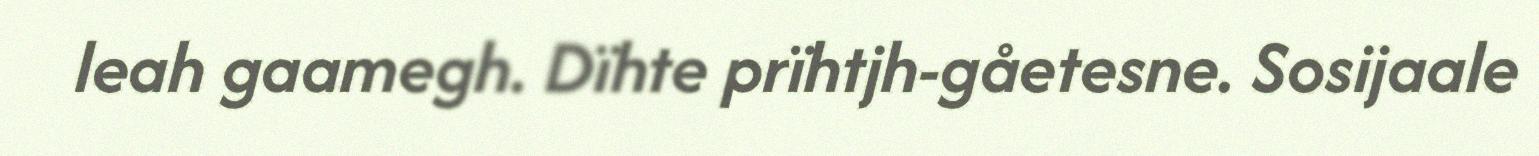
leah gaamegh. Dïhte prïhtjh-gåetesne. Sosijaale